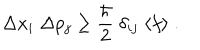
LaTeX: \Delta x _ { i } \; \Delta p _ { j } \ge \frac { \hbar } { 2 } \; \delta _ { i j } \; \langle f \rangle \; .